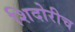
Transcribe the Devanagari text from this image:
शिदोरीच